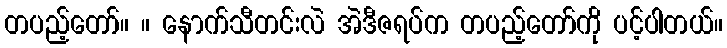
တပည့်တော်။ ။ နောက်သီတင်းလဲ အဲဒီဇရပ်က တပည့်တော်ကို ပင့်ပါတယ်။